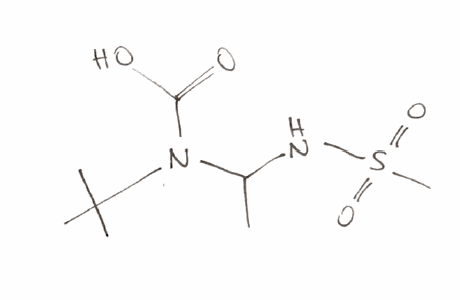
Simplified molecular-input line-entry system (SMILES) notation of the given molecule:
CC(NS(=O)(=O)C)N(C(=O)O)C(C)(C)C